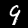
Label: 9